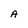
Character: A